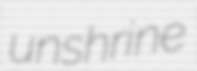
unshrine